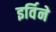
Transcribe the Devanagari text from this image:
इर्विने